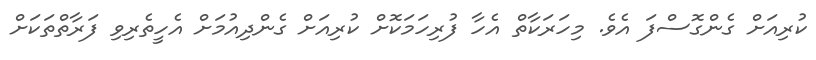
ކުރިއަށް ގެންގޮސްފަ އެވެ. މިހަރަކާތް އެހާ ފުރިހަމަކޮށް ކުރިއަށް ގެންދިއުމަށް އެހީތެރިވި ފަރާތްތަކަށް